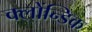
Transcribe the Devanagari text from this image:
क्लोंन्डिक